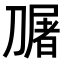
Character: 𭄎